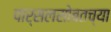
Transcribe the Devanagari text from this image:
पार्सलसोबतच्या